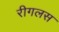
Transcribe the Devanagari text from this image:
रीगलस